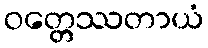
ဝတ္တေဿတာယံ